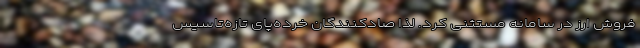
فروش ارز در سامانه مستثنی کرد. لذا صادکنندگان خرده‌پای تازه‌تاسیس